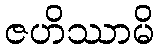
ဇဟိဿာမိ